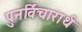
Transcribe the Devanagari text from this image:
पुनर्विचारार्थ